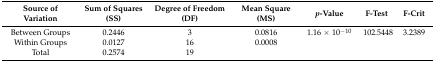
| Source of Variation | Sum of Squares (SS) | Degree of Freedom (DF) | Mean Square (MS) | p-Value | F-Test | F-Crit |
 | --- | --- | --- | --- | --- | --- | --- |
 | Between Groups | 0.2446 | 3 | 0.0816 | 1.16 × 10−10 | 102.5448 | 3.2389 |
 | Within Groups | 0.0127 | 16 | 0.0008 |  |  |  |
 | Total | 0.2574 | 19 |  |  |  |  |